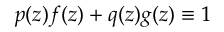
p ( z ) f ( z ) + q ( z ) g ( z ) \equiv 1